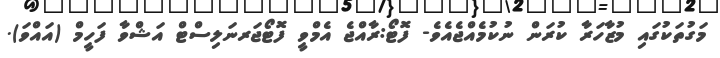
މަގުތަކުގައި މުޒާހަރާ ކުރަން ނުކުމެއްޖެއެވެ- ފޮޓޯ:ރާއްޖެ އެމްވީ ފޮޓޯޖަރނަލިސްޓް އަޝްވާ ފަހީމް (އައްވަ).